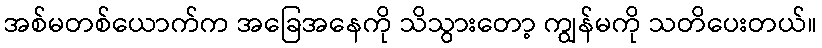
အစ်မတစ်ယောက်က အခြေအနေကို သိသွားတော့ ကျွန်မကို သတိပေးတယ်။